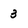
Character: 3